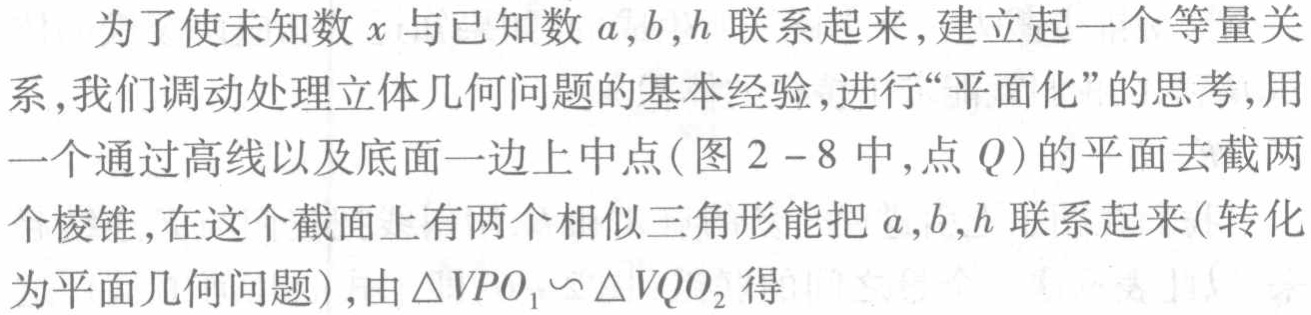
为了使未知数\(x\)与已知数\(a,b,h\)联系起来,建立起一个等量关系,我们调动处理立体几何问题的基本经验,进行“平面化”的思考,用一个通过高线以及底面一边上中点(图 \(2 - 8\) 中,点 \(Q\))的平面去截两个棱锥,在这个截面上有两个相似三角形能把 \(a,b,h\) 联系起来(转化为平面几何问题),由 \(\triangle VPO_{1}\backsim\triangle VQO_{2}\) 得